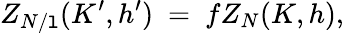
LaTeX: Z_{N/\mathtt{l}}(K^{\prime},h^{\prime})\ =\ fZ_{N}(K,h),